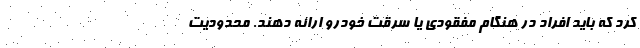
کرد که باید افراد در هنگام مفقودی یا سرقت خودرو ارائه دهند. محدودیت